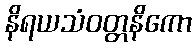
နိရယသံဝတ္တနိကော